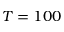
T = 1 0 0